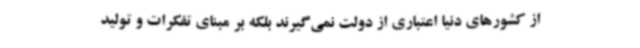
از کشورهای دنیا اعتباری از دولت نمی‌گیرند بلکه بر مبنای تفکرات و تولید